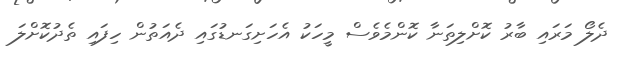
ދެލޯ މަރައި ބާރު ކޮށްލިތަނާ ކޮންމެވެސް މީހަކު އެހަށިގަނޑުގައި ދެއަތުން ހިފައި ތެދުކޮށްލަ